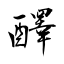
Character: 醳